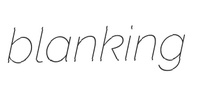
blanking